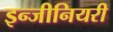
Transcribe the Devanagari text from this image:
इन्जीनियरी